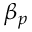
\beta _ { p }